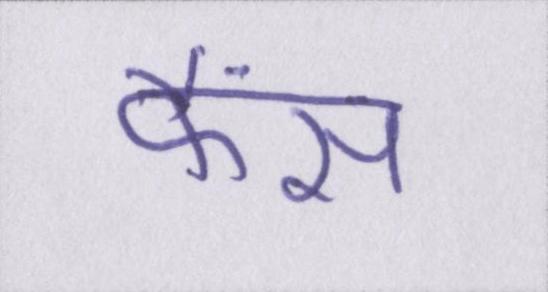
फैंस